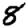
Digit: 8